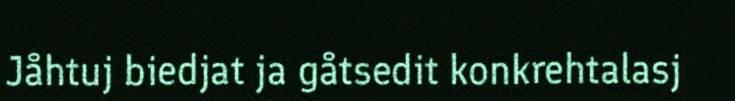
Jåhtuj biedjat ja gåtsedit konkrehtalasj